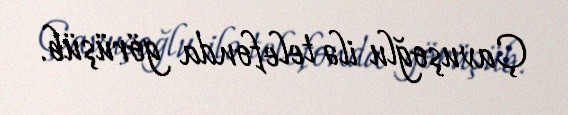
Çavuşoğlu ilə telefonda görüşüb.